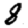
Digit: 8